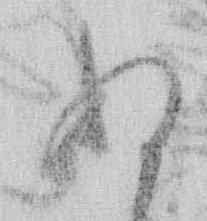
ぬ